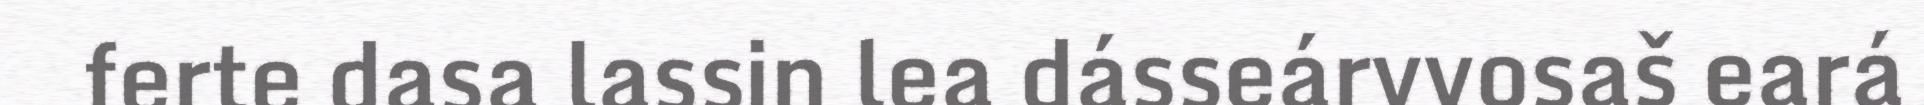
ferte dasa lassin lea dásseárvvosaš eará